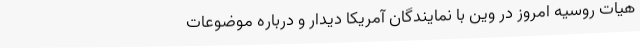
هیات روسیه امروز در وین با نمایندگان آمریکا دیدار و درباره موضوعات